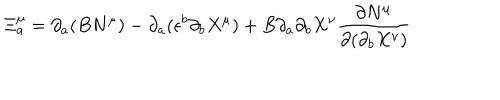
\Xi _ { a } ^ { \mu } = \partial _ { a } ( B N ^ { \mu } ) - \partial _ { a } ( \epsilon ^ { b } \partial _ { b } X ^ { \mu } ) + B \partial _ { a } \partial _ { b } X ^ { \nu } \frac { \partial N ^ { \mu } } { \partial ( \partial _ { b } X ^ { \nu } ) }